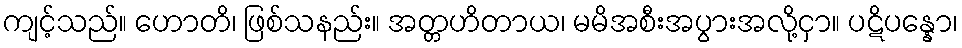
ကျင့်သည်။ ဟောတိ၊ ဖြစ်သနည်း။ အတ္တဟိတာယ၊ မမိအစီးအပွားအလို့ငှာ။ ပဋိပန္နော၊